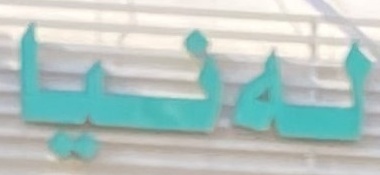
لەنیا